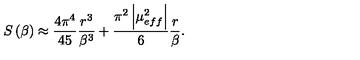
S \left( \beta \right) \approx \frac { 4 \pi ^ { 4 } } { 4 5 } \frac { r ^ { 3 } } { \beta ^ { 3 } } + \frac { \pi ^ { 2 } \left| \mu _ { e f f } ^ { 2 } \right| } { 6 } \frac { r } { \beta } .